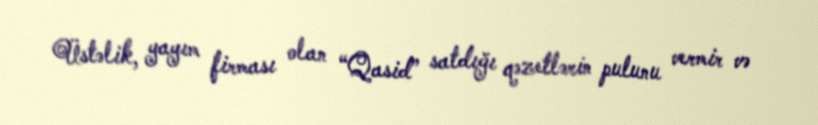
Üstəlik, yayım firması olan “Qasid” satdığı qəzetlərin pulunu vermir və